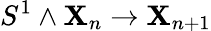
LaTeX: S^{1}\wedge\mathbf{X}_{n}\to\mathbf{X}_{n+1}